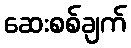
ဆေးစစ်ချက်